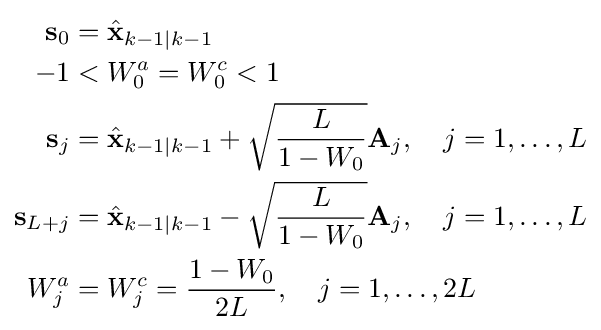
{\begin{aligned}\mathbf {s} _{0}&={\hat {\mathbf {x} }}_{k-1\mid k-1}\\-1&<W_{0}^{a}=W_{0}^{c}<1\\\mathbf {s} _{j}&={\hat {\mathbf {x} }}_{k-1\mid k-1}+{\sqrt {\frac {L}{1-W_{0}}}}\mathbf {A} _{j},\quad j=1,\dots ,L\\\mathbf {s} _{L+j}&={\hat {\mathbf {x} }}_{k-1\mid k-1}-{\sqrt {\frac {L}{1-W_{0}}}}\mathbf {A} _{j},\quad j=1,\dots ,L\\W_{j}^{a}&=W_{j}^{c}={\frac {1-W_{0}}{2L}},\quad j=1,\dots ,2L\end{aligned}}